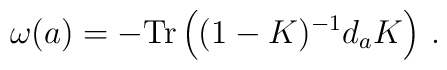
\omega(a)=-{\rm Tr}\left((1-K)^{-1} d_aK\right)\, .